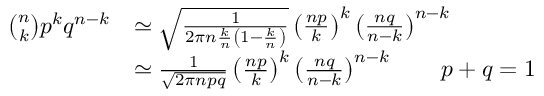
{ \begin{array} { r l } { { \binom { n } { k } } p ^ { k } q ^ { n - k } } & { \simeq { \sqrt { \frac { 1 } { 2 \pi n { \frac { k } { n } } \left( 1 - { \frac { k } { n } } \right) } } } \left( { \frac { n p } { k } } \right) ^ { k } \left( { \frac { n q } { n - k } } \right) ^ { n - k } } \\ & { \simeq { \frac { 1 } { \sqrt { 2 \pi n p q } } } \left( { \frac { n p } { k } } \right) ^ { k } \left( { \frac { n q } { n - k } } \right) ^ { n - k } \qquad p + q = 1 } \end{array} }